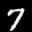
Label: 7